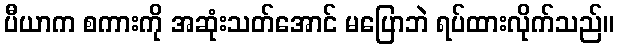
ပီယာက စကားကို အဆုံးသတ်အောင် မပြောဘဲ ရပ်ထားလိုက်သည်။